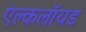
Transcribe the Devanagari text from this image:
एंल्कलॉयड